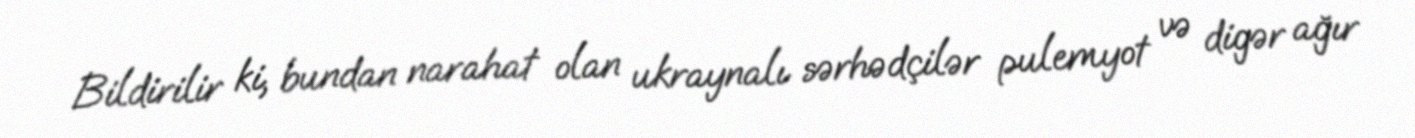
Bildirilir ki, bundan narahat olan ukraynalı sərhədçilər pulemyot və digər ağır